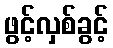
ဖွင့်လှစ်ခွင့်